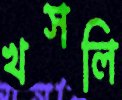
খসলি